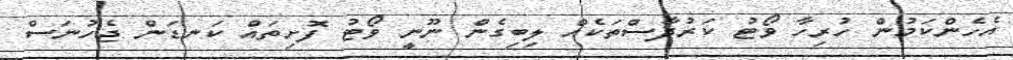
އެހެންކަމުން ހުރިހާ ވޯޓު ކަރުދާސްތަކެއް ލިބިގެން ނޫނީ ވޯޓު ފޮށިތައް ކަނޑަން ޖެހުނަސް